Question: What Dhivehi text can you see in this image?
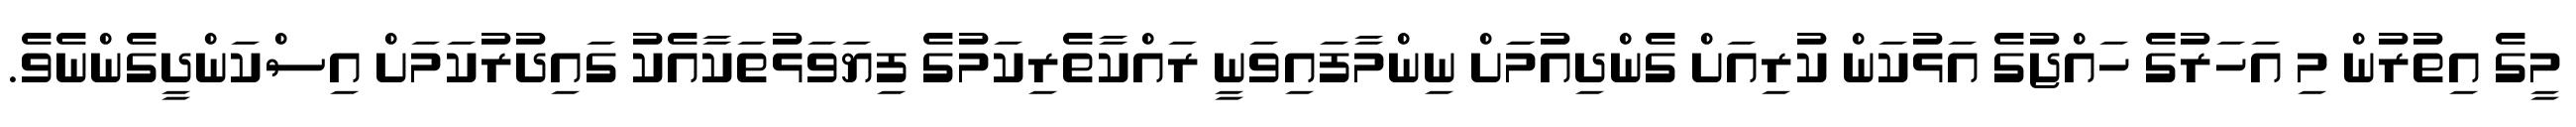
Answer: މީގެ އިތުރުން މި އަހަރުގެ ހައްޖުގެ އަޅުކަން ކުރިއަށް ގެންދިއުމަަށް ނިންމާފައިވަނީ ރައްކާތެރިކަމުގެ ފިޔަވަޅުތަކާއެކު ގައިދުރުކަމަށް އިސްކަންދީގެންނެވެ.